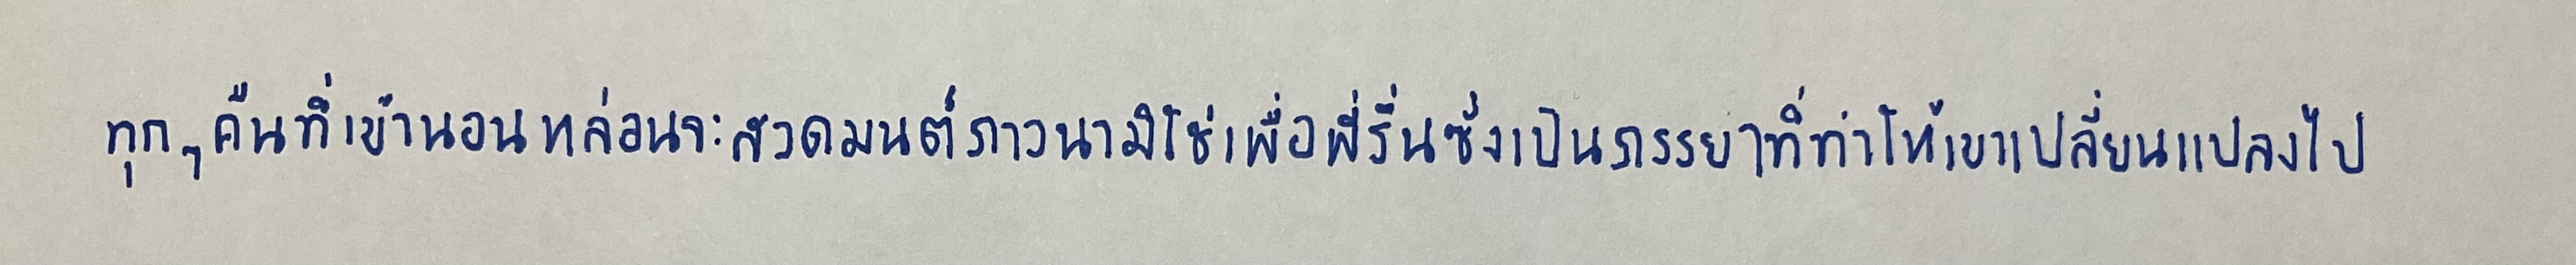
ทุกๆคืนที่เข้านอนหล่อนจะสวดมนต์ภาวนามิใช่เพื่อพี่รื่นซึ่งเป็นภรรยาที่ทำให้เขาเปลี่ยนแปลงไป